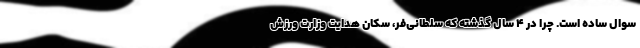
سوال ساده است. چرا در 4 سال گذشته که سلطانی‌فر، سکان هدایت وزارت ورزش